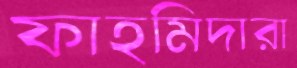
ফাহমিদারা